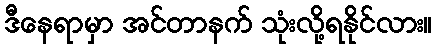
ဒီနေရာမှာ အင်တာနက် သုံးလို့ရနိုင်လား။